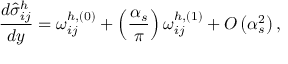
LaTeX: \frac { d \hat { \sigma } _ { i j } ^ { h } } { d y } = \omega _ { i j } ^ { h , ( 0 ) } + \left( \frac { \alpha _ { s } } { \pi } \right) \omega _ { i j } ^ { h , ( 1 ) } + { \cal O } \left( \alpha _ { s } ^ { 2 } \right) ,